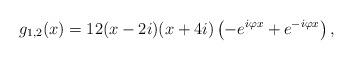
LaTeX: \begin{align*}g_{1,2}(x) = 12(x - 2 i)(x + 4 i) \left(-e^{i \varphi x} + e^{-i \varphi x}\right),\end{align*}